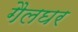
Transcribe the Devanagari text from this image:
गैलघर